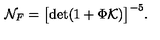
{ \cal N } _ { F } = \bigl [ \mathrm { d e t } ( 1 + \Phi { \cal K } ) \bigr ] ^ { - 5 } .